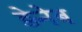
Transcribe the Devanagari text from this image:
ड़ेनेब